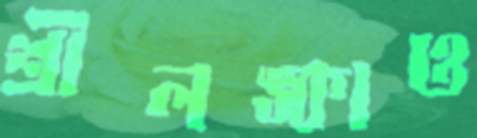
শ্রীলঙ্কাও